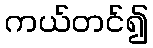
ကယ်တင်၍